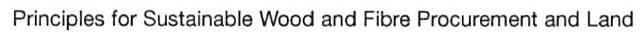
Principles for Sustainable Wood and Fibre Procurement and Land